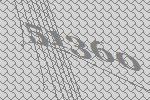
51360